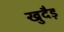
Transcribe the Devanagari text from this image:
खुदैड़